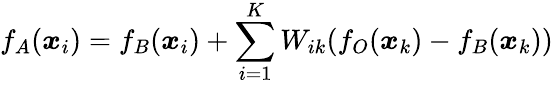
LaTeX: f_{A}(\boldsymbol{x}_{i})=f_{B}(\boldsymbol{x}_{i})+\sum_{i=1}^{K}W_{ik}(f_{O}(\boldsymbol{x}_{k})-f_{B}(\boldsymbol{x}_{k}))